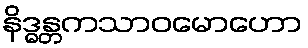
နိဒ္ဓန္တကသာဝမောဟော